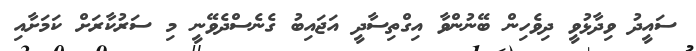
ސައީދު ވިދާޅުވީ ދިވެހިން ބޭނުންވާ އިގްތިސާދީ އަޖައިބު ގެނެސްދެވޭނީ މި ސަރުކާރަށް ކަމަށާއި